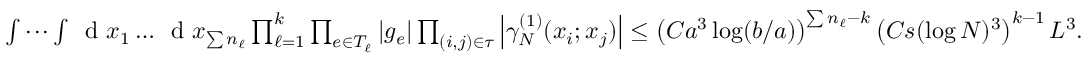
\begin{array} { r } { \idotsint \, \textnormal { d } x _ { 1 } \ldots \, \textnormal { d } x _ { \sum n _ { \ell } } \prod _ { \ell = 1 } ^ { k } \prod _ { e \in T _ { \ell } } | g _ { e } | \prod _ { ( i , j ) \in \tau } \left\vert \gamma _ { N } ^ { ( 1 ) } ( x _ { i } ; x _ { j } ) \right\vert \leq \left( C a ^ { 3 } \log ( b / a ) \right) ^ { \sum n _ { \ell } - k } \left( C s ( \log N ) ^ { 3 } \right) ^ { k - 1 } L ^ { 3 } . } \end{array}